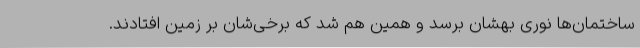
ساختمان‌ها نوری بهشان برسد و همین هم شد که برخی‌شان بر زمین افتادند.